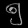
Digit: ၅